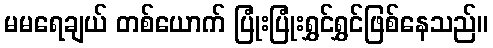
မမရေချယ် တစ်ယောက် ပြုံးပြုံးရွှင်ရွှင်ဖြစ်နေသည်။